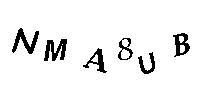
NMA8UB